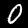
Label: 0